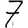
Digit: 7